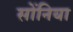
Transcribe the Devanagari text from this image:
सोंनिया